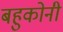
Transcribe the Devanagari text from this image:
बहुकोनी